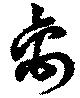
禽